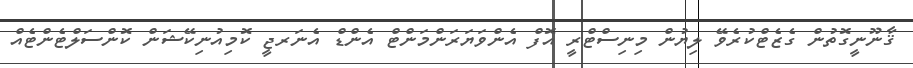
ޤާނޫނީގޮތުން ގެޒެޓްކުރެވޭ ލިޔުން މިނިސްޓްރީ އޮފް އެންވަޔަރަންމަންޓް އެންޑް އެނަރޖީ ކޮމިއުނިކޭޝަން ކޮންސަލްޓެންޓެއް